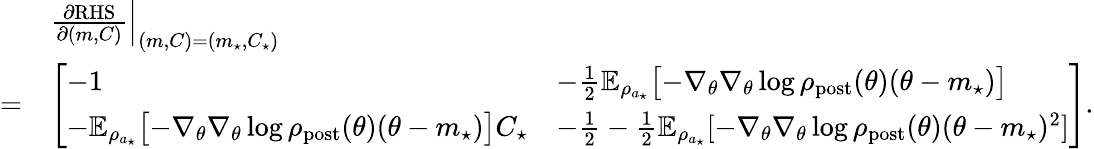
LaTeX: \begin{array}{rl}&{\frac{\partial\textrm{RHS}}{\partial(m,C)}\Big\vert_{(m,C)=(m_{\star},C_{\star})}}\\ {=}&{\left[\begin{array}{ll}{-1}&{-\frac{1}{2}\mathbb{E}_{\rho_{a_{\star}}}\bigl[-\nabla_{\theta}\nabla_{\theta}\log\rho_{\mathrm{post}}(\theta)(\theta-m_{\star})\bigr]}\\ {-\mathbb{E}_{\rho_{a_{\star}}}\bigl[-\nabla_{\theta}\nabla_{\theta}\log\rho_{\mathrm{post}}(\theta)(\theta-m_{\star})\bigr]C_{\star}}&{-\frac{1}{2}-\frac{1}{2}\mathbb{E}_{\rho_{a_{\star}}}[-\nabla_{\theta}\nabla_{\theta}\log\rho_{\mathrm{post}}(\theta)(\theta-m_{\star})^{2}]}\end{array}\right].}\end{array}